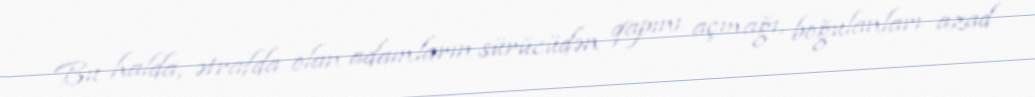
Bu halda, ətrafda olan adamların sürücüdən qapını açmağı, boğulanları azad